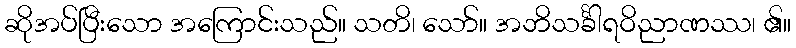
ဆိုအပ်ပြီးသော အကြောင်းသည်။ သတိ၊ သော်။ အဘိသင်္ခါရဝိညာဏဿ၊ ၏။